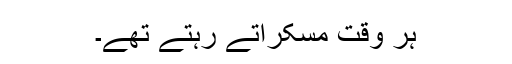
ہر وقت مسکراتے رہتے تھے۔